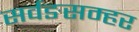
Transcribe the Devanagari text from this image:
सर्वङसम्हर